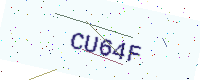
Text: CU64F